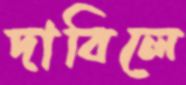
দাবিলে